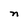
Character: n